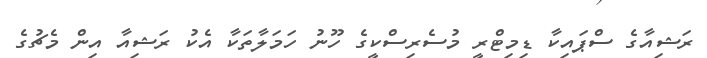
ރަޝިއާގެ ސްޕައިކާ ޑިމިޓްރީ މުސެރިސްކީގެ ހޫނު ހަމަލާތަކާ އެކު ރަޝިއާ އިން މެޗުގެ